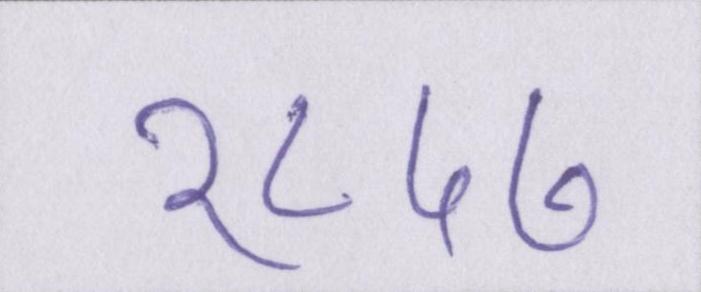
१८५७